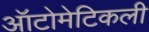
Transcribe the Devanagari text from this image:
ऑटोमेटिकली